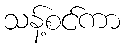
သန့်စင်ကာ